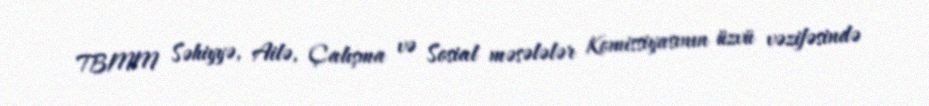
TBMM Səhiyyə, Ailə, Çalışma və Sosial məsələlər Komissiyasının üzvü vəzifəsində